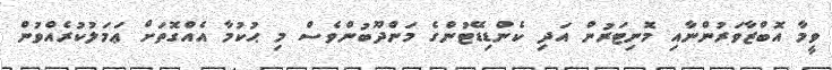
ވީމާ އޮބްޒާވަރުންނާއި މޮނިޓަރުން އަދި ކެންޑިޑޭޓުންގެ މަންދޫބުންވެސް މި ޙުކުމާ އެއްގޮތަށް ޢަމަލުކުރެއްވުން